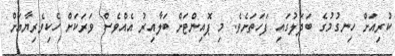
ކުރިއަށް ހިނގުމުގެ ބަދަލުގައި ފަހަތަށެވެ. މި ޕޮއިންޓަށް ބަލާއިރު އެއްވެސް ވަރަކަށް ހެކިވެރިޔާއަށް